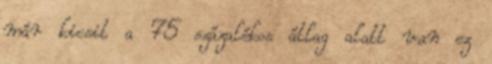
már kicsit a 75 százalékos átlag alatt van ez